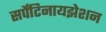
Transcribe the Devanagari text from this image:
सर्पेंटिनायझेशन